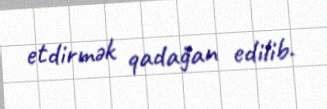
etdirmək qadağan edilib.